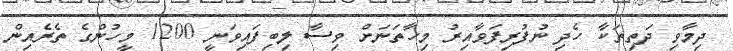
ދިމާވި ދަތިތަކާ ހެދި ނުފުރިފަވާއިރު މިހާތަނަށް ވިސާ ލިބިފައިވަނީ 1200 މީހުންގެ ތެރެއިން